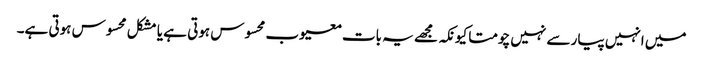
میں انہیں پیار سے نہیں چومتا کیونکہ مجھے یہ بات معیوب محسوس ہوتی ہے یا مشکل محسوس ہوتی ہے۔